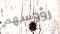
رؤوسهم